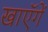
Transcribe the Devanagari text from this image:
खाएॅगें